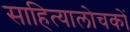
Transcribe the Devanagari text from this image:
साहित्यालोचकों